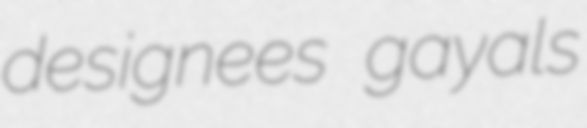
designees gayals